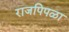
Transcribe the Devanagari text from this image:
राजपिपळा